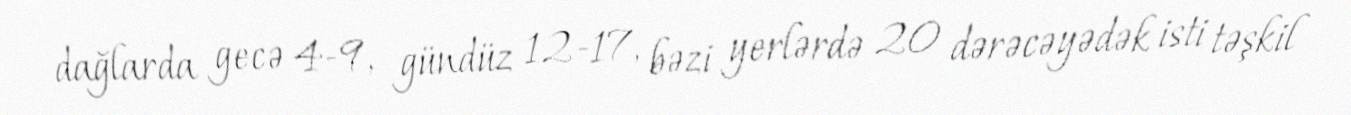
dağlarda gecə 4-9, gündüz 12-17, bəzi yerlərdə 20 dərəcəyədək isti təşkil